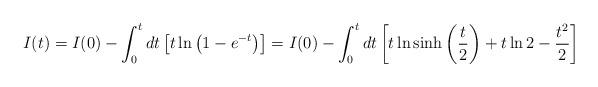
LaTeX: \begin{align*}I(t)=I(0)-\int_0^tdt\left[ t\ln\left(1-e^{-t}\right)\right]=I(0)-\int_0^tdt \left[t\ln\sinh\left(\frac{t}{2}\right)+t\ln2-\frac{t^2}{2}\right]\end{align*}